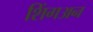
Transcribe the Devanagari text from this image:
शिंगअन